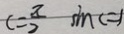
c = \frac { \pi } { 2 } \sin c = 1